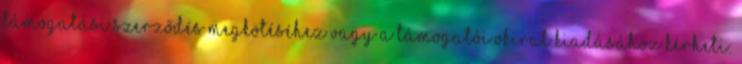
támogatási szerződés megkötéséhez vagy a támogatói okirat kiadásához kérheti: